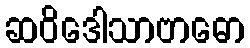
ဆဝိဒေါသာဗာဓော